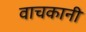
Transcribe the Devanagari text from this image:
वाचकानी